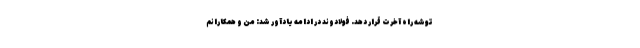
توشه راه آخرت قرار دهد. فولادوند در ادامه یادآور شد: من و همکارانم